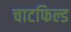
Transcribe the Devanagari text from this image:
चाटफिल्ड